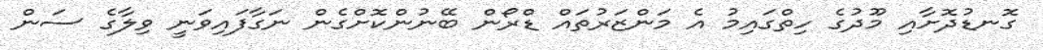
ގޮނޑުދޮށާއި މޫދުގެ ހިތްގައިމު އެ މަންޒަރުތައް ޑްރޯން ބޭނުންކޮށްގެން ނަގާފައިވަނީ ވިލާގެ ސަން